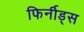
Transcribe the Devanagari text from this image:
फिर्नीड्स